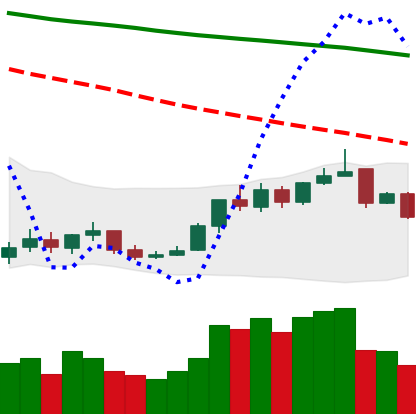
Ticker: BNB-USD
Chart end date: 2018-12-27
Forward return: 15.161%
Label: up_7plus